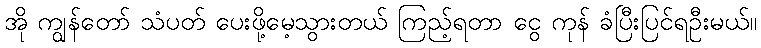
အို ကျွန်တော် သံပတ် ပေးဖို့မေ့သွားတယ် ကြည့်ရတာ ငွေ ကုန် ခံပြီးပြင်ရဦးမယ်။